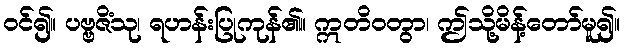
ဝင်၍။ ပဗ္ဗဇိံသု၊ ရဟန်းပြုကုန်၏။ ဣတိဝတွာ၊ ဤသို့မိန့်တော်မူ၍။